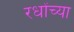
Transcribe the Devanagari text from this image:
रधोंच्या